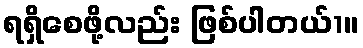
ရရှိစေဖို့လည်း ဖြစ်ပါတယ်1။